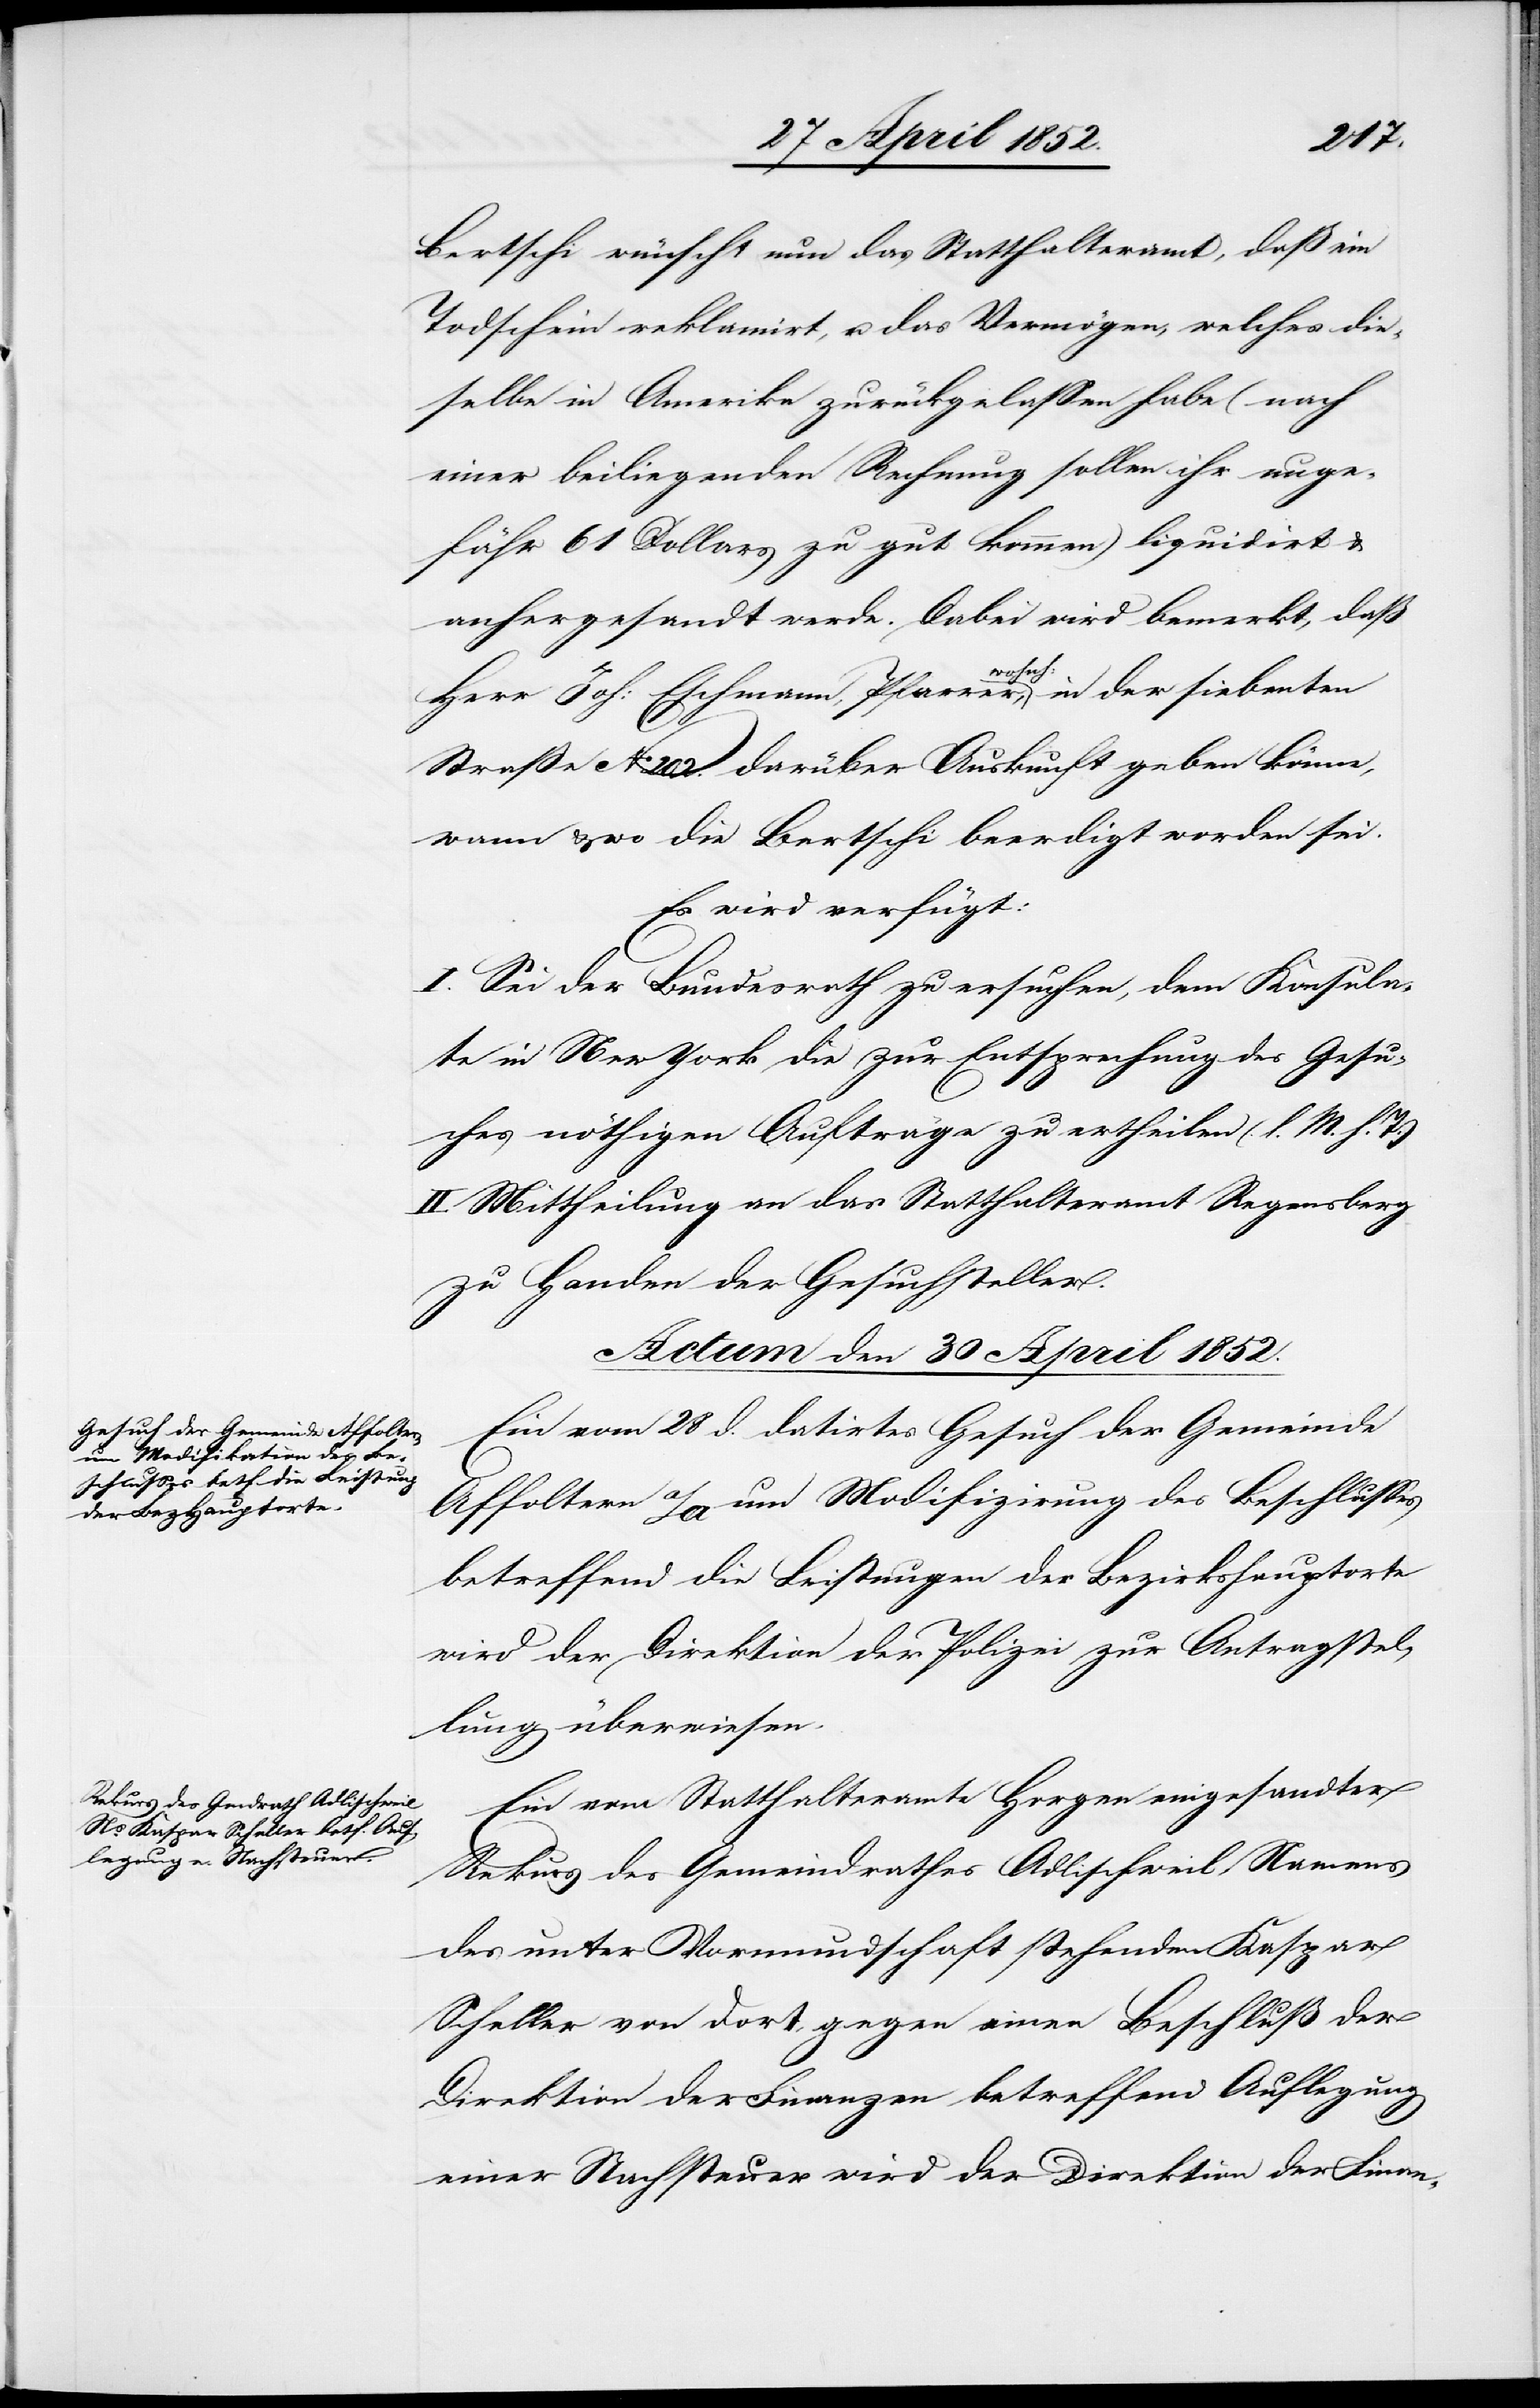
Bertschi wünscht nun das Statthalteramt, daß ein
Todschein reklamirt, u. das Vermögen, welches die¬
selbe in Amerika zurückgelassen habe (nach
einer beiliegenden Rechnung sollen ihr unge¬
fähr 61 Dollars zu gut kommen) liquidirt &
anhergesandt werde. Dabei wird bemerkt, daß
Herr Joh: Eschmann, Pfarrer, wohnh: in der siebenten
Straße No 202. darüber Auskunft geben könne,
wann & wo die Bertschi beerdigt worden sei.
Es wird verfügt:
I. Sei der Bundesrath zu ersuchen, dem Konsula¬
te in New York die zur Entsprechung des Gesu¬
ches nöthigen Aufträge zu ertheilen (l. M. h. T.)
II. Mittheilung an das Statthalteramt Regensberg
zu Handen der Gesuchsteller.
Actum den 30 April 1852.]
Ein vom 28 d. datirtes Gesuch der Gemeinde
Affoltern a/A um Modifizirung des Beschlusses
betreffend die Leistungen der Bezirkshauptorte
wird der Direktion der Polizei zur Antragstel¬
lung überwiesen.
Ein vom Statthalteramte Horgen eingesandter
Rekurs des Gemeindrathes Adlischweil Namens
des unter Vormundschaft stehenden Kaspar
Scheller von dort, gegen einen Beschluß der
Direktion der Finanzen betreffend Auflegung
einer Nachsteuer wird der Direktion der Finan-